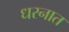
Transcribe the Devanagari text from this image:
धरनात